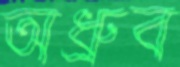
অধ্রুব